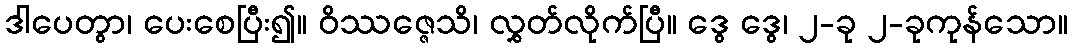
ဒါပေတွာ၊ ပေးစေပြီး၍။ ဝိဿဇ္ဇေသိ၊ လွှတ်လိုက်ပြီ။ ဒွေ ဒွေ၊ ၂-ခု ၂-ခုကုန်သော။